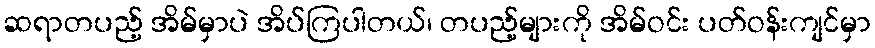
ဆရာတပည့် အိမ်မှာပဲ အိပ်ကြပါတယ်၊ တပည့်များကို အိမ်ဝင်း ပတ်ဝန်းကျင်မှာ